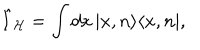
\hat { I } _ { \mathcal { H } } = \int d x \, | x , n \rangle \langle x , n | ,